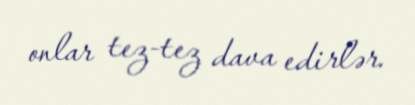
onlar tez-tez dava edirlər.